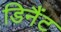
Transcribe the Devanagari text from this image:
डिनैंट